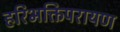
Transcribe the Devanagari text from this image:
हरिभक्तिपरायण